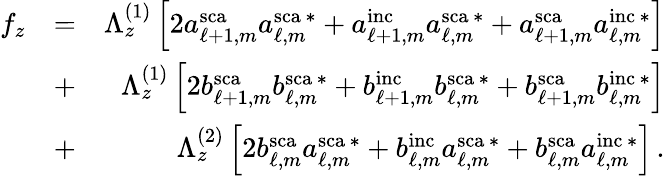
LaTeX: \begin{array}{rlr}{f_{z}}&{=}&{\Lambda_{z}^{(1)}\left[2a_{\ell+1,m}^{\mathrm{sca}}a_{\ell,m}^{\mathrm{sca}\, *}+a_{\ell+1,m}^{\mathrm{inc}}a_{\ell,m}^{\mathrm{sca}\, *}+a_{\ell+1,m}^{\mathrm{sca}}a_{\ell,m}^{\mathrm{inc}\, *}\right]}\\ &{+}&{\Lambda_{z}^{(1)}\left[2b_{\ell+1,m}^{\mathrm{sca}}b_{\ell,m}^{\mathrm{sca}\, *}+b_{\ell+1,m}^{\mathrm{inc}}b_{\ell,m}^{\mathrm{sca}\, *}+b_{\ell+1,m}^{\mathrm{sca}}b_{\ell,m}^{\mathrm{inc}\, *}\right]}\\ &{+}&{\Lambda_{z}^{(2)}\left[2b_{\ell,m}^{\mathrm{sca}}a_{\ell,m}^{\mathrm{sca}\, *}+b_{\ell,m}^{\mathrm{inc}}a_{\ell,m}^{\mathrm{sca}\, *}+b_{\ell,m}^{\mathrm{sca}}a_{\ell,m}^{\mathrm{inc}\, *}\right]\, .}\end{array}